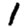
Digit: 1